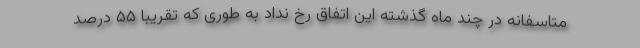
متاسفانه در چند ماه گذشته این اتفاق رخ نداد به طوری که تقریبا ۵۵ درصد